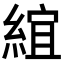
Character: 𬗦